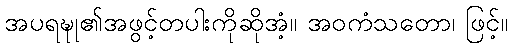
အပရဍ္ဎု၏အဖွင့်တပါးကိုဆိုအံ့။ အဝကံသတော၊ ဖြင့်။